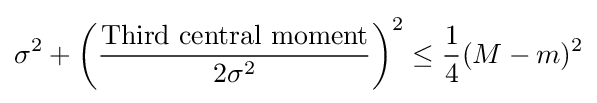
{\sigma ^{2}+\left({\frac {\text{Third central moment}}{2\sigma ^{2}}}\right)^{2}}\leq {\frac {1}{4}}(M-m)^{2}